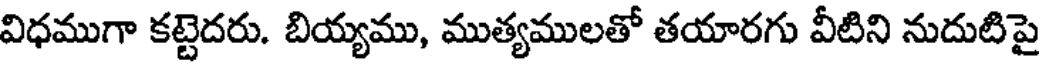
విధముగా కట్టెదరు. బియ్యము, ముత్యములతో తయారగు వీటిని నుదుటిపై